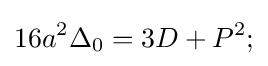
16a^{2}\Delta _{0}=3D+P^{2};